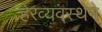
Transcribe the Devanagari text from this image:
हेरव्यवस्थेने